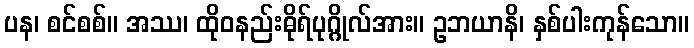
ပန၊ စင်စစ်။ အဿ၊ ထိုဝနည်းဓိုရ်ပုဂ္ဂိုလ်အား။ ဥဘယာနိ၊ နှစ်ပါးကုန်သော။